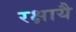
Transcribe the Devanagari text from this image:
रक्षायै